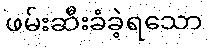
ဖမ်းဆီးခံခဲ့ရသော